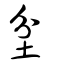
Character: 坌